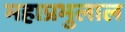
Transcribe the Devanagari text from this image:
महाप्रभुलाल